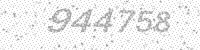
Solution: 944758